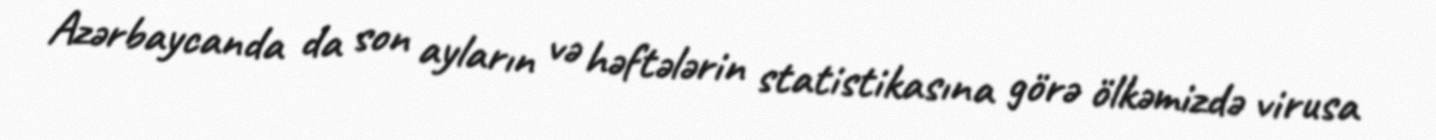
Azərbaycanda da son ayların və həftələrin statistikasına görə ölkəmizdə virusa